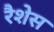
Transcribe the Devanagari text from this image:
रैशेस